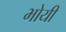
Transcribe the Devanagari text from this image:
भोयी